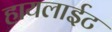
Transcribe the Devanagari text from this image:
हायलाईट